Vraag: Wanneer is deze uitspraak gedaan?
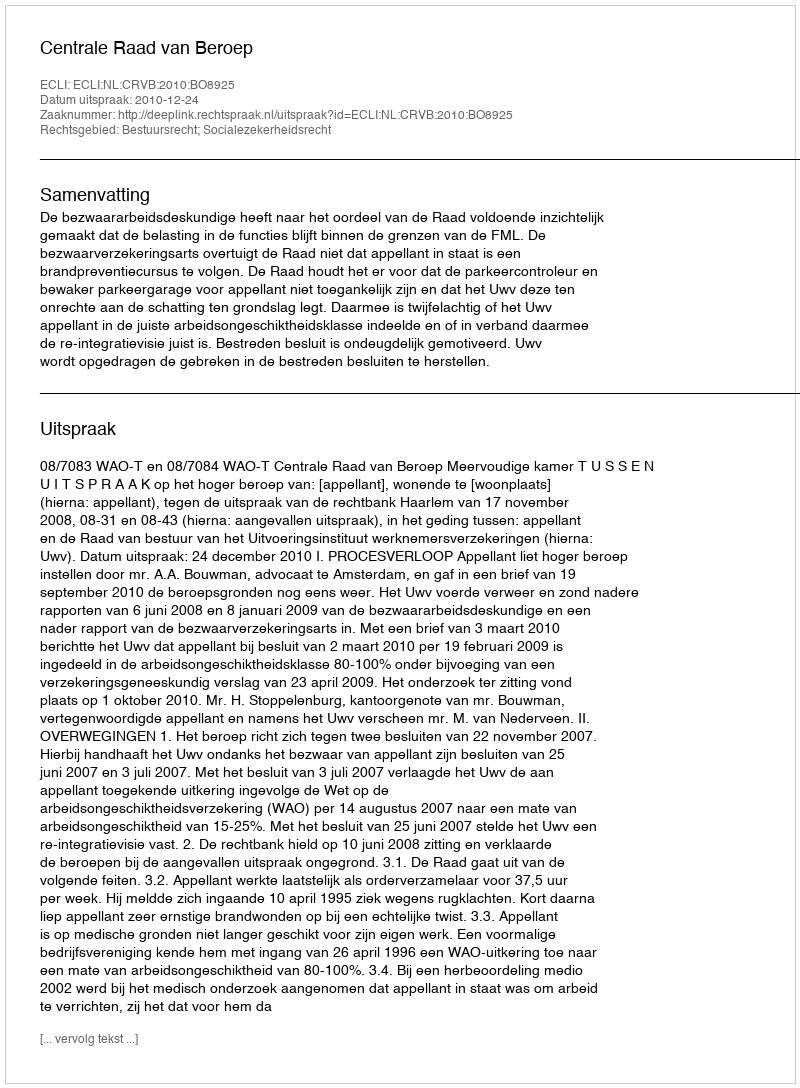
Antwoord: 2010-12-24